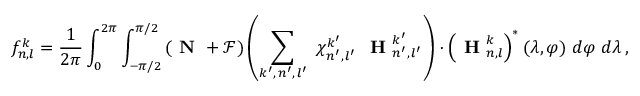
f _ { n , l } ^ { k } = \frac { 1 } { 2 \pi } \int _ { 0 } ^ { 2 \pi } \int _ { - \pi / 2 } ^ { \pi / 2 } \left( \textbf { N } + \mathcal { F } \right) \left( \sum _ { k ^ { \prime } , \, n ^ { \prime } , \, l ^ { \prime } } \ \chi _ { n ^ { \prime } , \, l ^ { \prime } } ^ { k ^ { \prime } } \ \textbf { H } _ { n ^ { \prime } , \, l ^ { \prime } } ^ { k ^ { \prime } } \right) \cdot \left( \textbf { H } _ { n , l } ^ { k } \right) ^ { * } ( \lambda , \varphi ) \ d \varphi \ d \lambda \, ,